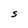
Character: S